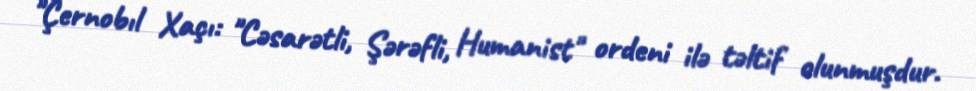
"Çernobıl Xaçı: "Cəsarətli, Şərəfli, Humanist" ordeni ilə təltif olunmuşdur.